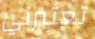
تعتبرني